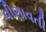
વીણાવતી